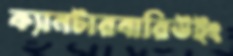
ক্যানটারবারিউইং